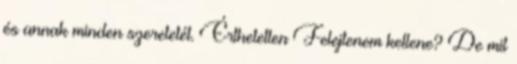
és annak minden szeretetét. Érthetetlen Felejtenem kellene? De mit